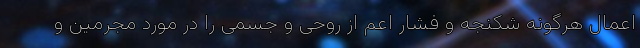
اعمال هرگونه شکنجه و فشار اعم از روحی و جسمی را در مورد مجرمین و